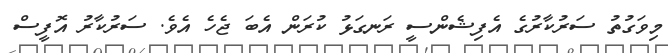
މިވަގުތު ސަރުކާރުގެ އެފިޝެންސީ ރަނގަޅު ކުރަން އެބަ ޖެހެ އެވެ. ސަރުކާރު އޮފީސް